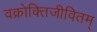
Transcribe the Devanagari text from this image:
वक्रोक्तिजीवितम्